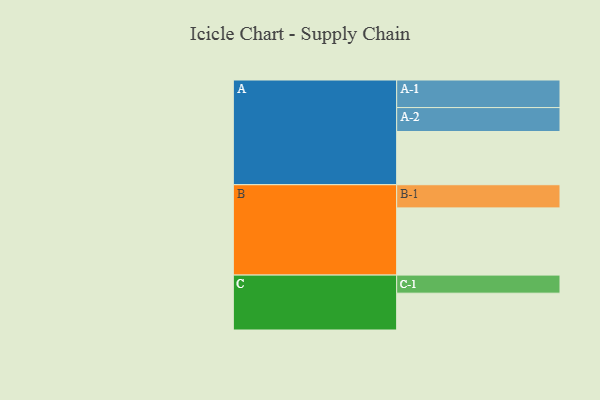
{"axis": {"x": "Segment", "y": "Value"}, "legend": ["", "A", "B", "C"], "data": [{"x": "A", "y": 471, "type": ""}, {"x": "B", "y": 595, "type": ""}, {"x": "C", "y": 326, "type": ""}, {"x": "A-1", "y": 244, "type": "A"}, {"x": "A-2", "y": 212, "type": "A"}, {"x": "B-1", "y": 205, "type": "B"}, {"x": "C-1", "y": 160, "type": "C"}]}